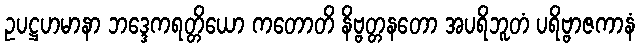
ဥပဋ္ဌဟမာနာ ဘဒ္ဒေကရတ္တိယော ကတောတိ နိဗ္ဗတ္တနတော အပရိဘူတံ ပရိဗ္ဗာဇကာနံ